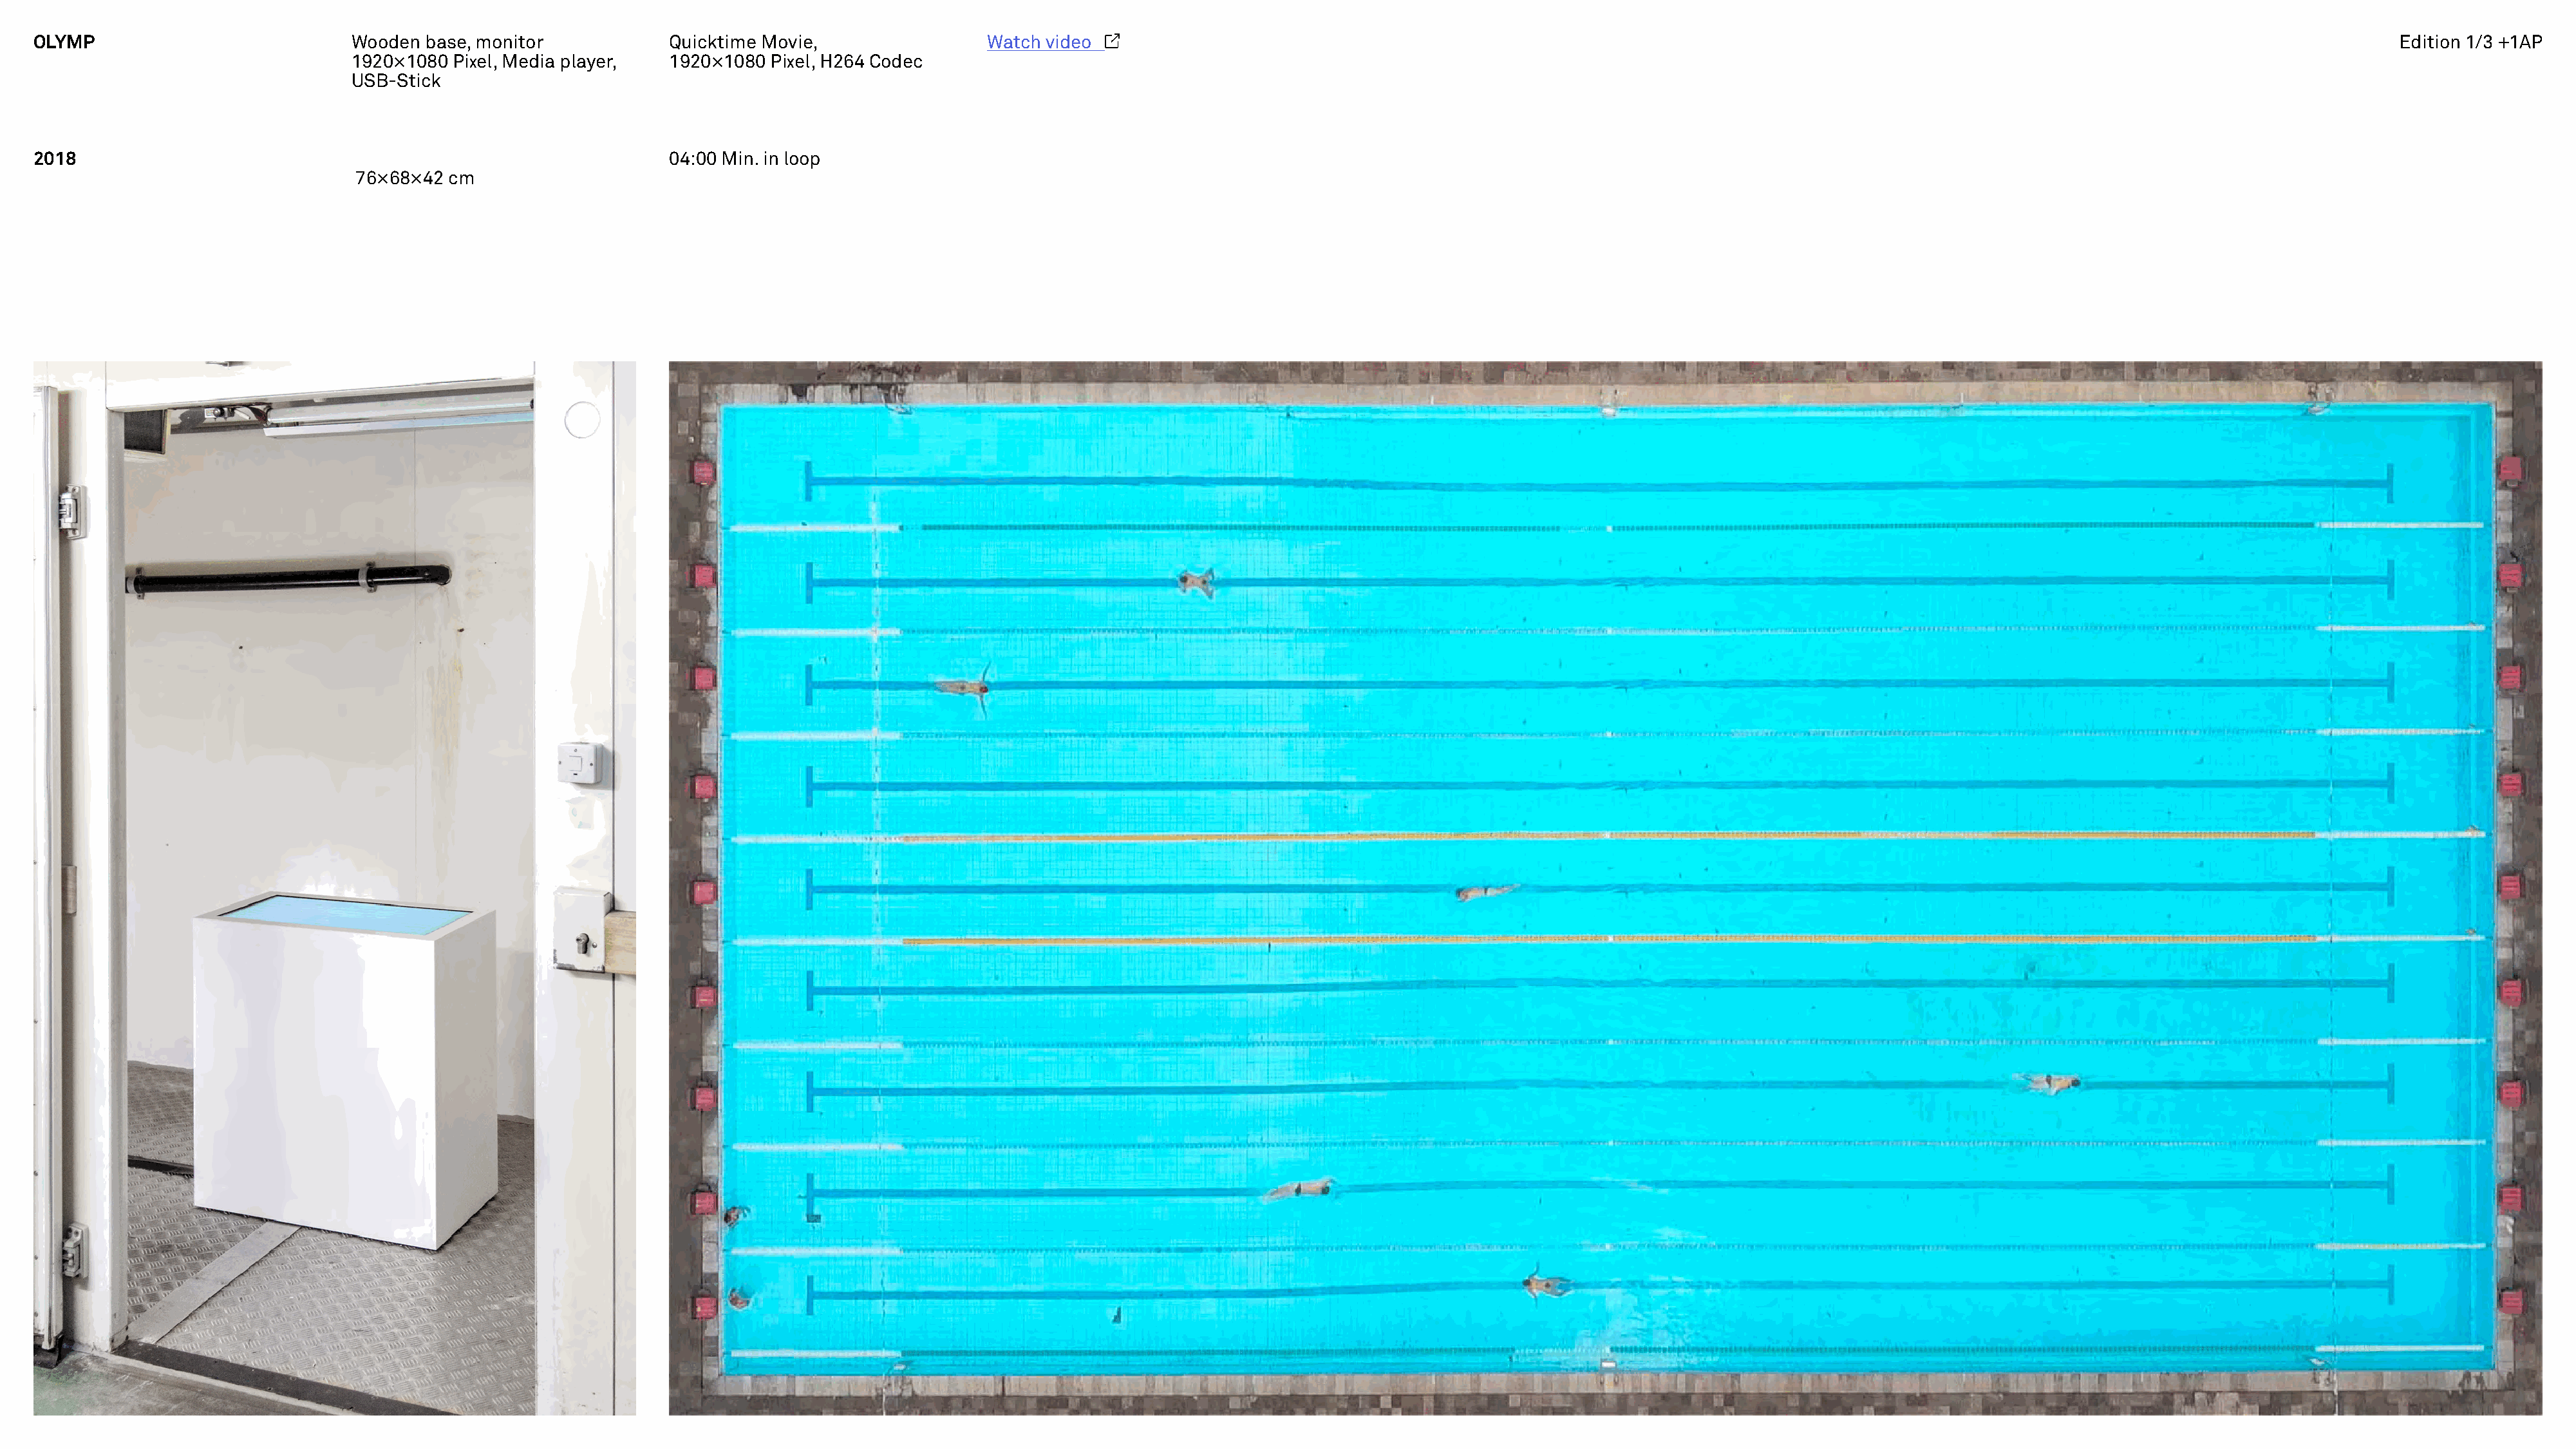
OLYMP                            Wooden  base, monitor            Quicktime Movie,                Watch video                                                                                                                                       Edition 1/3 +1AP
 1920×1080  Pixel, Media player,  1920×1080 Pixel, H264 Codec
 USB-Stick
 2018                                                              04:00 Min. in loop
 76×68×42 cm